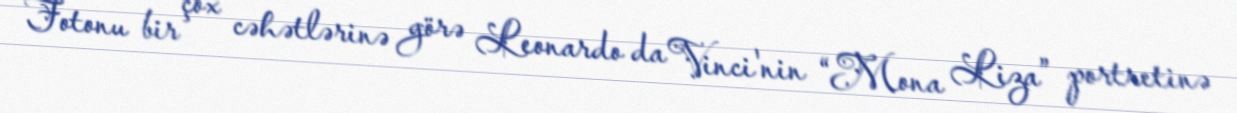
Fotonu bir çox cəhətlərinə görə Leonardo da Vinci'nin “Mona Liza” portretinə